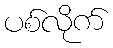
ပစ်လိုက်